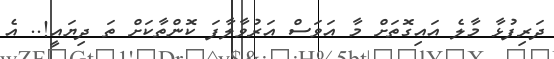
ދަރިފުޅާ މާލެ އައިގޮތަށް މާ އަވަސް އަރުވާލާފަ ކޮންތާކަށް ތަ ދިޔައީ!.. އެ